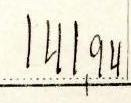
141,94